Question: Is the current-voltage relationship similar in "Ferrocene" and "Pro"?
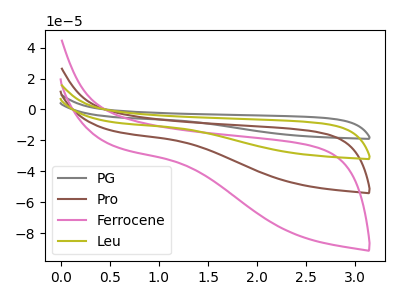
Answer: <think>The gray curve "PG" has no peaks. The brown curve "Pro" has no peaks. The pink curve "Ferrocene" has no peaks. The olive curve "Leu" has no peaks.
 Neither "Ferrocene" or "Pro" have any peaks.</think>
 <answer>"Ferrocene" and "Pro" are similar in shape.</answer>
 <eval>same_shape</eval>